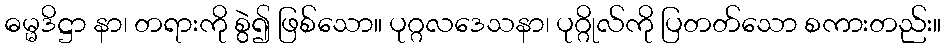
ဓမ္မဒိဋ္ဌာ နာ၊ တရားကို စွဲ၍ ဖြစ်သော။ ပုဂ္ဂလဒေသနာ၊ ပုဂ္ဂိုလ်ကို ပြတတ်သော စကားတည်း။